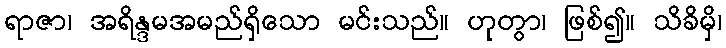
ရာဇာ၊ အရိန္ဒမအမည်ရှိသော မင်းသည်။ ဟုတွာ၊ ဖြစ်၍။ သိခိမှိ၊